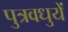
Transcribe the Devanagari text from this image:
पुत्रवधुयें